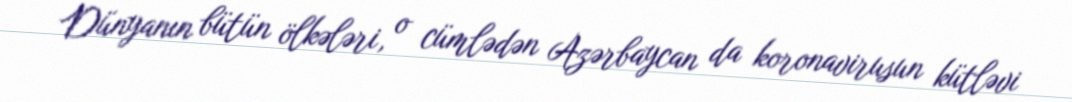
Dünyanın bütün ölkələri, o cümlədən Azərbaycan da koronavirusun kütləvi